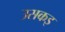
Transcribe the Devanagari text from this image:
उसकइ